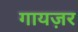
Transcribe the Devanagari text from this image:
गायज़र